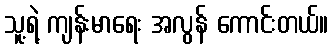
သူ့ရဲ့ ကျန်းမာရေး အလွန် ကောင်းတယ်။